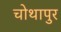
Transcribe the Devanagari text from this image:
चोथापुर